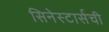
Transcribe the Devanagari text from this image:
सिनेस्टार्सची